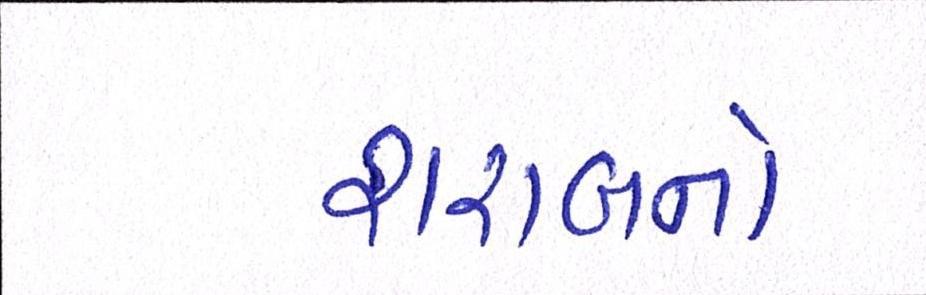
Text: શરાબનો